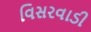
વિસરવાડી